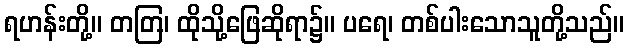
ရဟန်းတို့။ တတြ၊ ထိုသို့ဖြေဆိုရာ၌။ ပရေ၊ တစ်ပါးသောသူတို့သည်။